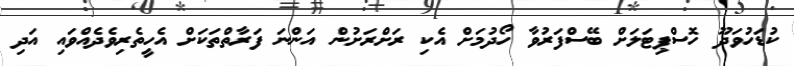
ކުޑަހުވަދޫ ހޮސްޕިޓަލަށް ބޭސްފަރުވާ ހޯދުމަށް އެކި ރަށްރަށުން އަންނަ ފަރާތްތަކަށް އެހީތެރިވެދެއްވައި އަދި